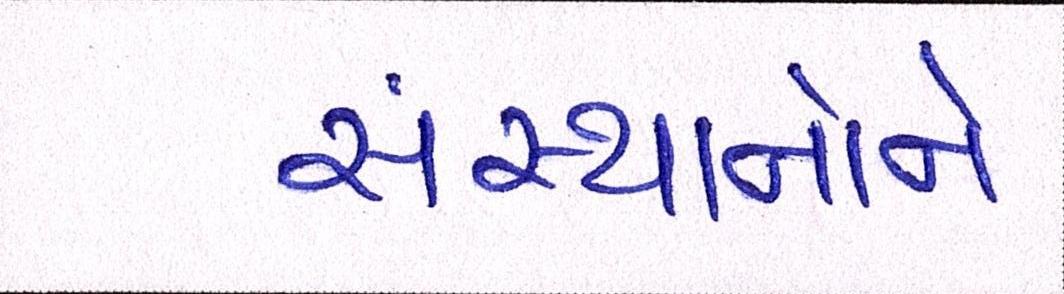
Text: સંસ્થાનોને